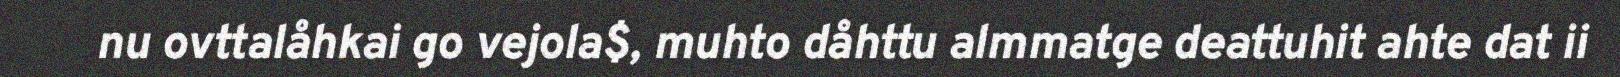
nu ovttalåhkai go vejola$, muhto dåhttu almmatge deattuhit ahte dat ii